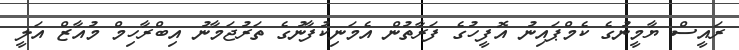
ރައީސް ޔާމީނުގެ ކެމްޕައިނު އޮފީހުގެ ފަރާތުން އެމަނިކުފާނުގެ ތަރުޖަމާނު އިބްރާހިމް މުއާޒް އަލީ